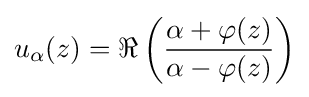
u_{\alpha }(z)=\Re \left({\frac {\alpha +\varphi (z)}{\alpha -\varphi (z)}}\right)